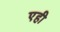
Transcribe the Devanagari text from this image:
एही